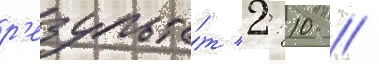
р'езульта́т 2: 10 //